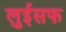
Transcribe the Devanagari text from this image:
लुईसफ